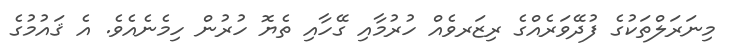
މިނަރަލްތަކުގެ ފުދޭވަރެއްގެ ރިޒަރވެއް ހުރުމާއި ގޭހާއި ތެޔޮ ހުރުން ހިމެނެއެވެ. އެ ޤައުމުގެ